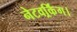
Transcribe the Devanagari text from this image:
नेटवर्र्किंग।